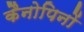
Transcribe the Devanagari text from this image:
कैनोपिनों